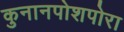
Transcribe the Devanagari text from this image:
कुनानपोशपोरा